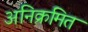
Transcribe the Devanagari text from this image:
अनिक्रमित